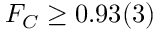
F _ { C } \ge 0 . 9 3 ( 3 )